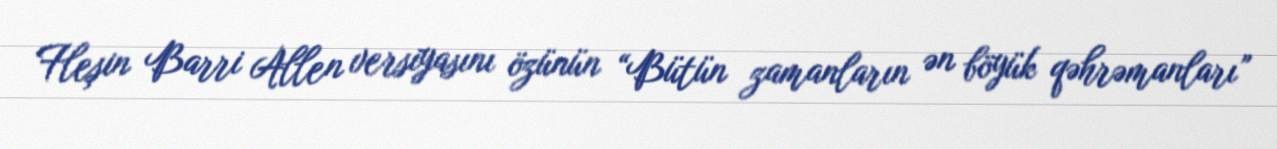
Fleşin Barri Allen versiyasını özünün “Bütün zamanların ən böyük qəhrəmanları”